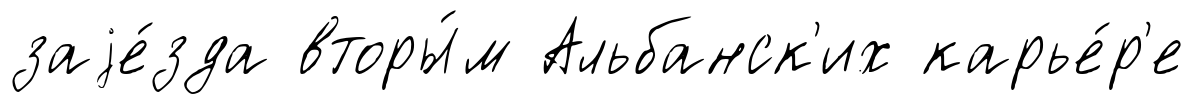
заjе́зда вторы́м Альбанск'их карье́р'е